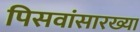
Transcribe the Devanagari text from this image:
पिसवांसारख्या